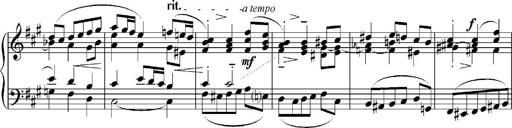
Title: Sonatina No.5
Composer: Otto Stoll
Key: F-sharp minor